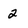
Character: 2